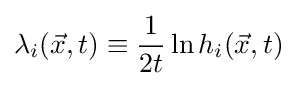
\lambda _{i}({\vec {x}},t)\equiv {\frac {1}{2t}}\ln {h_{i}({\vec {x}},t)}